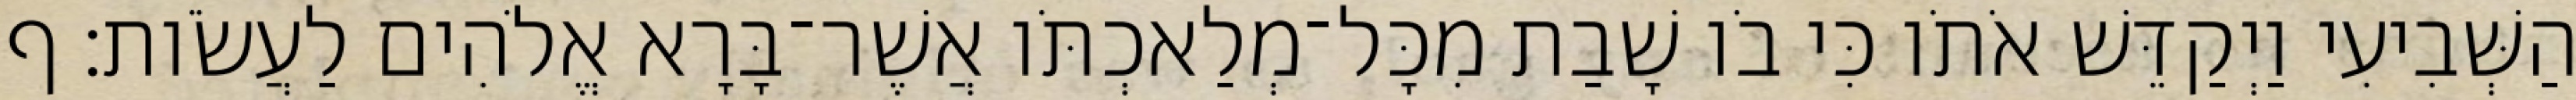
הַשְּׁבִיעִי וַיְקַדֵּשׁ אֹתֹו כִּי בֹו שָׁבַת מִכָּל־מְלַאכְתֹּו אֲשֶׁר־בָּרָא אֱלֹהִים לַעֲשֹׂות׃ ף